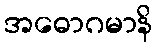
အဓောဂမာနိ